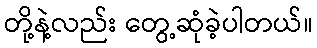
တို့နဲ့လည်း တွေ့ဆုံခဲ့ပါတယ်။